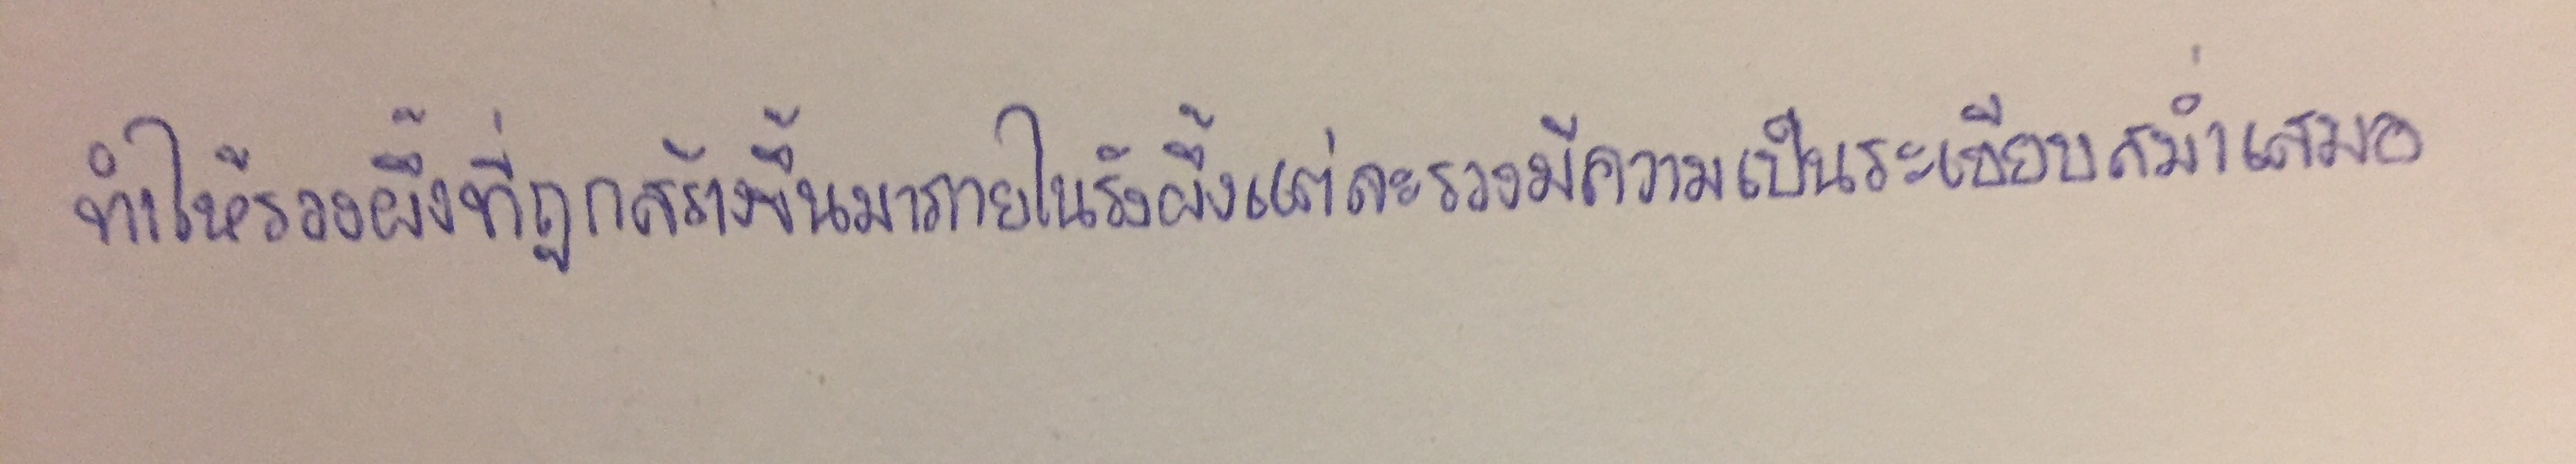
ทำให้รวงผึ้งที่ถูกสร้างขึ้นมาภายในรังผึ้งแต่ละรวงมีความเป็นระเบียบสม่ำเสมอ